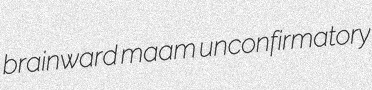
brainward maam unconfirmatory